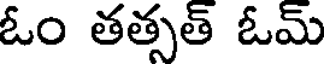
ఓం తత్సత్ ఓమ్